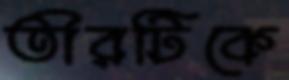
তীরটিকে